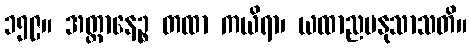
၁၅၉။ အတ္တာနေဉ္စ တထာ ကယိရာ၊ ယထာညမနုသာသတိ။